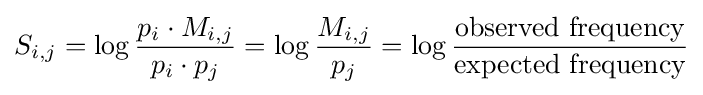
S_{i,j}=\log {\frac {p_{i}\cdot M_{i,j}}{p_{i}\cdot p_{j}}}=\log {\frac {M_{i,j}}{p_{j}}}=\log {\frac {\text{observed frequency}}{\text{expected frequency}}}